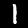
Label: 1